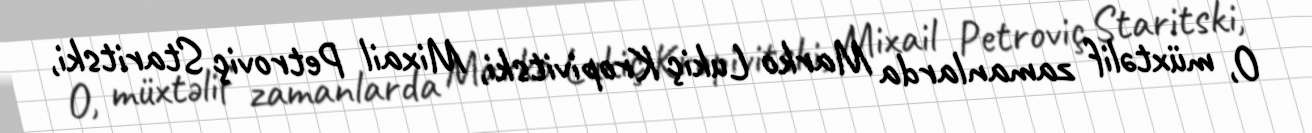
O, müxtəlif zamanlarda Marko Lukiç Kropivitski, Mixail Petroviç Staritski,